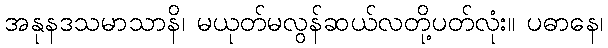
အနုနဒသမာသာနိ၊ မယုတ်မလွန်ဆယ်လတို့ပတ်လုံး။ ပဓာနေ၊